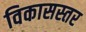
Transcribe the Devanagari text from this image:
विकासस्तर